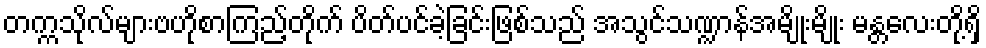
တက္ကသိုလ်များဗဟိုစာကြည့်တိုက် ပိတ်ပင်ခဲ့ခြင်းဖြစ်သည် အသွင်သဏ္ဍာန်အမျိုးမျိုး မန္တလေးတို့ရှိ